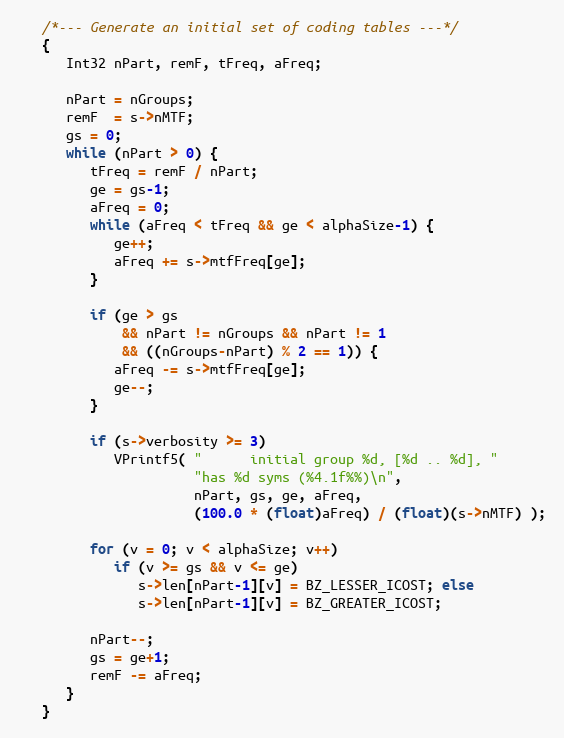
Language: C
   /*--- Generate an initial set of coding tables ---*/
   {
      Int32 nPart, remF, tFreq, aFreq;

      nPart = nGroups;
      remF  = s->nMTF;
      gs = 0;
      while (nPart > 0) {
         tFreq = remF / nPart;
         ge = gs-1;
         aFreq = 0;
         while (aFreq < tFreq && ge < alphaSize-1) {
            ge++;
            aFreq += s->mtfFreq[ge];
         }

         if (ge > gs
             && nPart != nGroups && nPart != 1
             && ((nGroups-nPart) % 2 == 1)) {
            aFreq -= s->mtfFreq[ge];
            ge--;
         }

         if (s->verbosity >= 3)
            VPrintf5( "      initial group %d, [%d .. %d], "
                      "has %d syms (%4.1f%%)\n",
                      nPart, gs, ge, aFreq,
                      (100.0 * (float)aFreq) / (float)(s->nMTF) );

         for (v = 0; v < alphaSize; v++)
            if (v >= gs && v <= ge)
               s->len[nPart-1][v] = BZ_LESSER_ICOST; else
               s->len[nPart-1][v] = BZ_GREATER_ICOST;

         nPart--;
         gs = ge+1;
         remF -= aFreq;
      }
   }